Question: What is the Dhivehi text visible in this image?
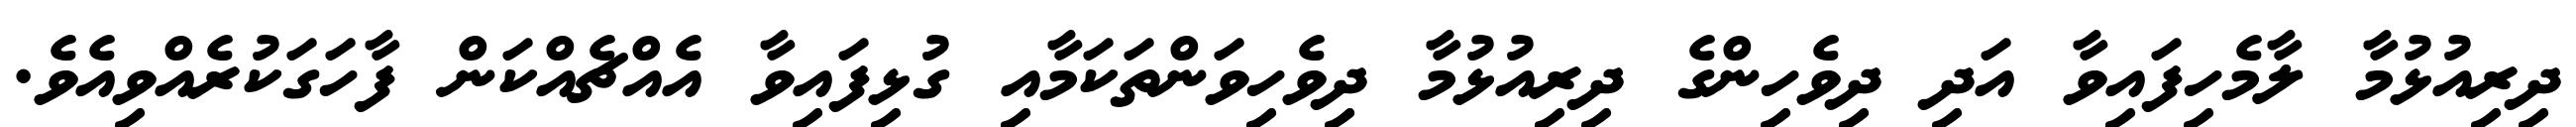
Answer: ދިރިއުޅުމާ ލާމެހިފައިވާ އަދި ދިވެހިންގެ ދިރިއުޅުމާ ދިވެހިވަންތަކަމާއި ގުޅިފައިވާ އެއްޗެއްކަން ފާހަގަކުރެއްވިއެވެ.